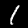
Digit: 1